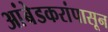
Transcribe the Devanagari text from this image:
आंबेडकरांपासून